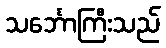
သင်္ဘောကြီးသည်